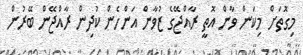
މިގޮތަށް މިކަން ވާން އޮތީ ރާއްޖޭގެ ޒުވާން އަންހެން ކުދިން ރާއްޖޭން ބޭރުން